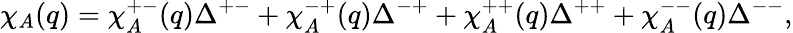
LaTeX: \chi_{A}(q)=\chi_{A}^{+-}(q)\Delta^{+-}+\chi_{A}^{-+}(q)\Delta^{-+}+\chi_{A}^{++}(q)\Delta^{++}+\chi_{A}^{--}(q)\Delta^{--},